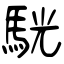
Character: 駫